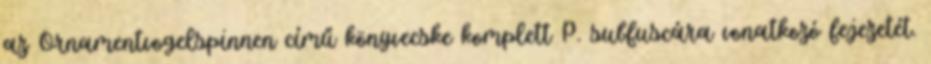
az Ornamentvogelspinnen című könyvecske komplett P. subfuscára vonatkozó fejezetét.